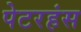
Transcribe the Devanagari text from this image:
पेटरहंस